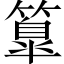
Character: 𥴚